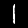
Digit: 1